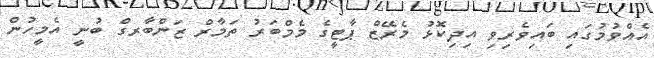
އެއްވުމުގައި ބައިވެރިވި އިދިކޮޅު މެރޭޒް ޕާޓީގެ މެމްބަރު ތަމާރް ޒަންބާރގް ބުނީ އެމީހުން